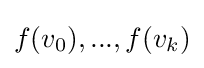
f(v_{0}),...,f(v_{k})